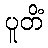
ပူတိံ